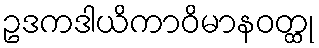
ဥဒကဒါယိကာဝိမာနဝတ္ထု